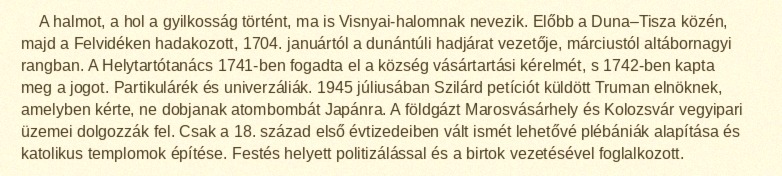
A halmot, a hol a gyilkosság történt, ma is Visnyai-halomnak nevezik. Előbb a Duna–Tisza közén, majd a Felvidéken hadakozott, 1704. januártól a dunántúli hadjárat vezetője, márciustól altábornagyi rangban. A Helytartótanács 1741-ben fogadta el a község vásártartási kérelmét, s 1742-ben kapta meg a jogot. Partikulárék és univerzáliák. 1945 júliusában Szilárd petíciót küldött Truman elnöknek, amelyben kérte, ne dobjanak atombombát Japánra. A földgázt Marosvásárhely és Kolozsvár vegyipari üzemei dolgozzák fel. Csak a 18. század első évtizedeiben vált ismét lehetővé plébániák alapítása és katolikus templomok építése. Festés helyett politizálással és a birtok vezetésével foglalkozott.